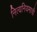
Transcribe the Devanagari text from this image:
नित्यनियमाची